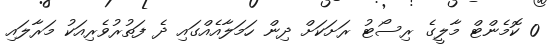
0 ކޮމެންޓް މާލީގެ ރިސޯޓު ރަށަކަށް ދިން ހަމަލާއެއްގައި ދެ ފަތުރުވެރިއަކު މަރާލައި